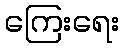
ကြေးရေး